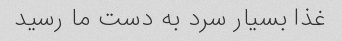
غذا بسیار سرد به دست ما رسید